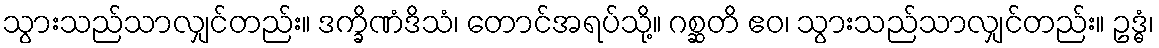
သွားသည်သာလျှင်တည်း။ ဒက္ခိဏံဒိသံ၊ တောင်အရပ်သို့။ ဂစ္ဆတိ ဧဝ၊ သွားသည်သာလျှင်တည်း။ ဥဒ္ဓံ၊